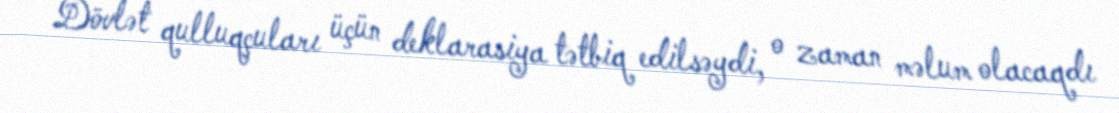
Dövlət qulluqçuları üçün deklarasiya tətbiq edilsəydi, o zaman məlum olacaqdı